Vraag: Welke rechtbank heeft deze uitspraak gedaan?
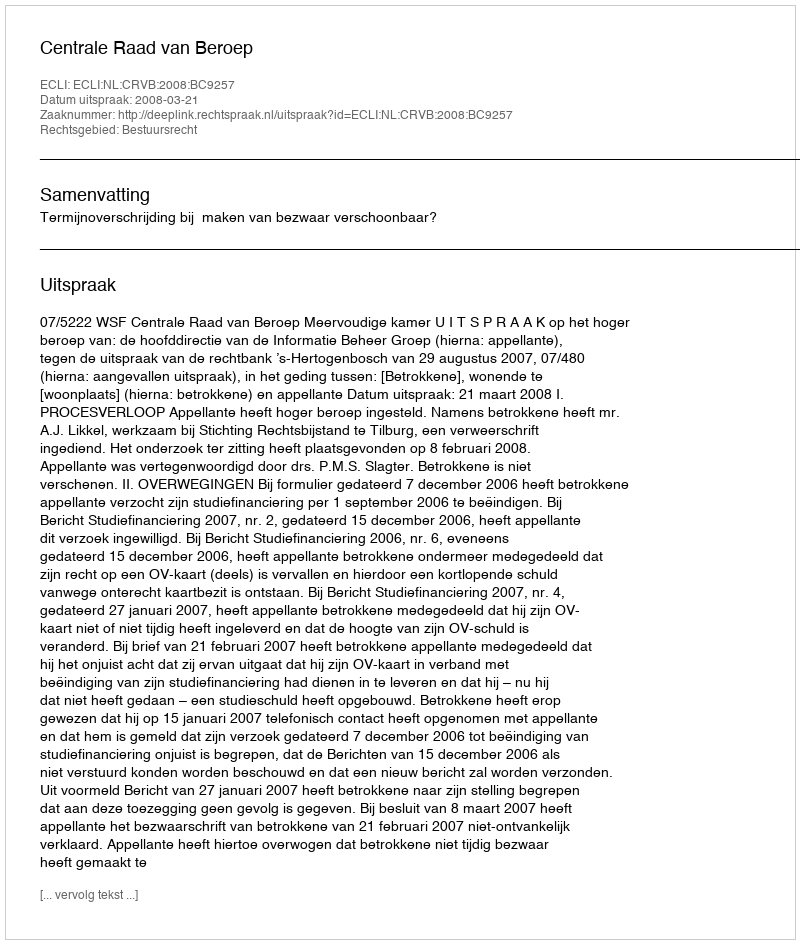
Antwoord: Centrale Raad van Beroep